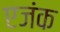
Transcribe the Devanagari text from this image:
एजंक